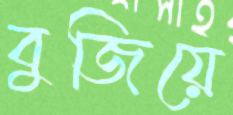
বুজিয়ে